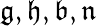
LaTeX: \mathfrak{g,h,b,n}